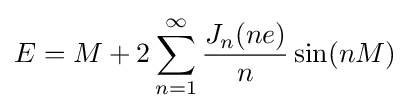
E=M+2\sum _{n=1}^{\infty }{\frac {J_{n}(ne)}{n}}\sin(nM)